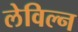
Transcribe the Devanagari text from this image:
लेविल्न